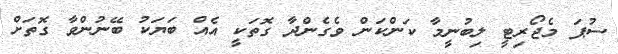
ސުޕަ މެޖޯރިޓީ ލިބުނީމާ ކަންކަން ވެގެންދާ ގޮތަކީ އެއް ބަޔަކު ބޭނުންވާ ގޮތަށް